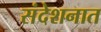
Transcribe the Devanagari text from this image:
संदेशनात